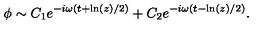
\phi \sim C _ { 1 } e ^ { - i \omega ( t + \ln ( z ) / 2 ) } + C _ { 2 } e ^ { - i \omega ( t - \ln ( z ) / 2 ) } .